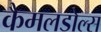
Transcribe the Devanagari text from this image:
कैमलडोल्स